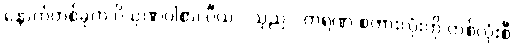
နောက်တစ်ခုက ပိသုဏဝါစာ၊ ပီယ - သုည - ကရဏ စကားလုံးကို တစ်လုံးစီ